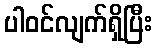
ပါဝင်လျက်ရှိပြီး